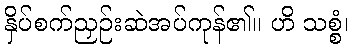
နှိပ်စက်ညှဉ်းဆဲအပ်ကုန်၏။ ဟိ သစ္စံ၊